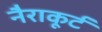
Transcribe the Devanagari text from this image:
नैराकूर्ट